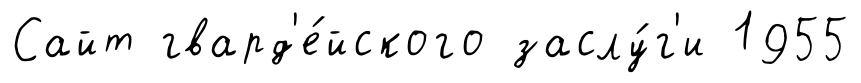
Сайт гвард'е́йского заслу́г'и 1955